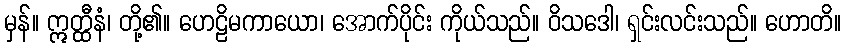
မှန်။ ဣတ္ထီနံ၊ တို့၏။ ဟေဠိမကာယော၊ အောက်ပိုင်း ကိုယ်သည်။ ဝိသဒေါ၊ ရှင်းလင်းသည်။ ဟောတိ။